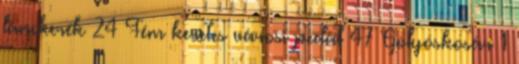
lánckerék 24 Fém keretes városi pedál 47 Golyóskosár 1